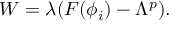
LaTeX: W = \lambda ( F ( \phi _ { i } ) - \Lambda ^ { p } ) .